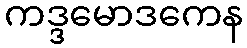
ကဒ္ဒမောဒကေန